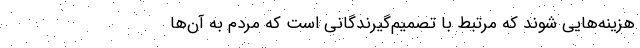
هزینه‌هایی شوند که مرتبط با تصمیم‌گیرندگانی است که مردم به آن‌ها